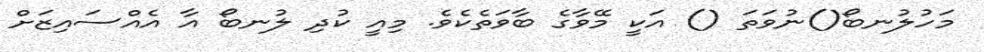
މަހުލުނބޯ()ނުވަތަ () އަކީ މޭވާގެ ބާވަތެކެވެ. މިއީ ކުދި ލުނބޯ އާ އެއްސައިޒަށް